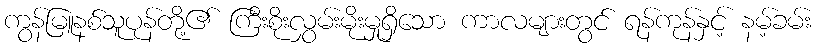
ကွန်မြူနစ်သူပုန်တို့၏ ကြီးစိုးလွှမ်းမိုးမှုရှိသော ကာလများတွင် ရန်ကုန်နှင့် နမ့်ခမ်း